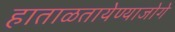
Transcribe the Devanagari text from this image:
हाताळतायेण्याजोगे